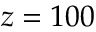
z = 1 0 0